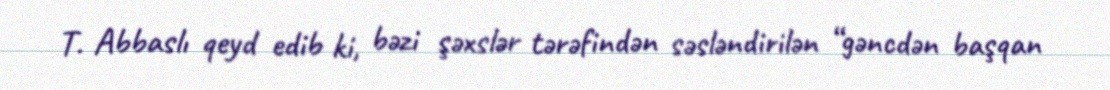
T. Abbaslı qeyd edib ki, bəzi şəxslər tərəfindən səsləndirilən “gəncdən başqan